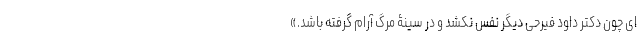
ای چون دکتر داود فیرحی دیگر نفس نکشد و در سینۀ مرگ آرام گرفته باشد.»